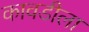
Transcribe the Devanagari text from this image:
कावडीला